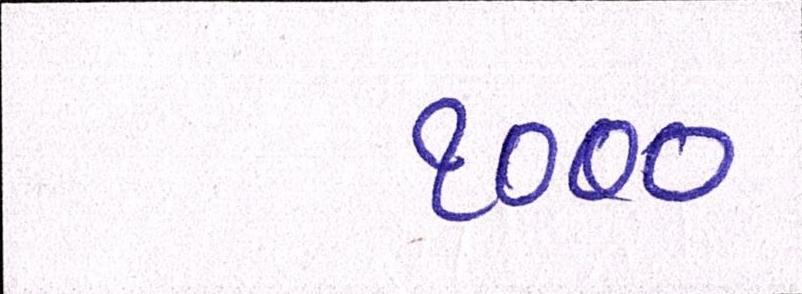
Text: ૧૦૦૦